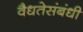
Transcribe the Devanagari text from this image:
वैधतेसंबंधी